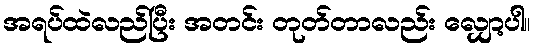
အရပ်ထဲလည်ပြီး အတင်း တုတ်တာလည်း လျှော့ပါ။